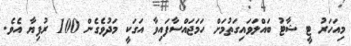
މިއަހަރު ޓީ ޝާޓު ބައްލަވައިގަތުމަށް ހަމަޖައްސާފައިވާ އަގަކީ މަދުވެގެން 100 ރުފިޔާ އެވެ.